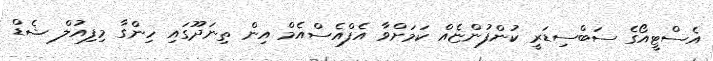
އެސްޓީއޯގެ ސަބްސިޑަރީ ކުންފުންޏެއް ކަމަށްވާ އެފްއެސްއެމް އިން ތިނަދޫގައި ހިންގާ މިފިއުލް ޝެޑް